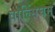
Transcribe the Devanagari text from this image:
वाल्सिंघम